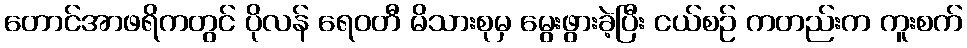
တောင်အာဖရိကတွင် ပိုလန် ရေဝတီ မိသားစုမှ မွေးဖွားခဲ့ပြီး ငယ်စဉ် ကတည်းက ကူးစက်